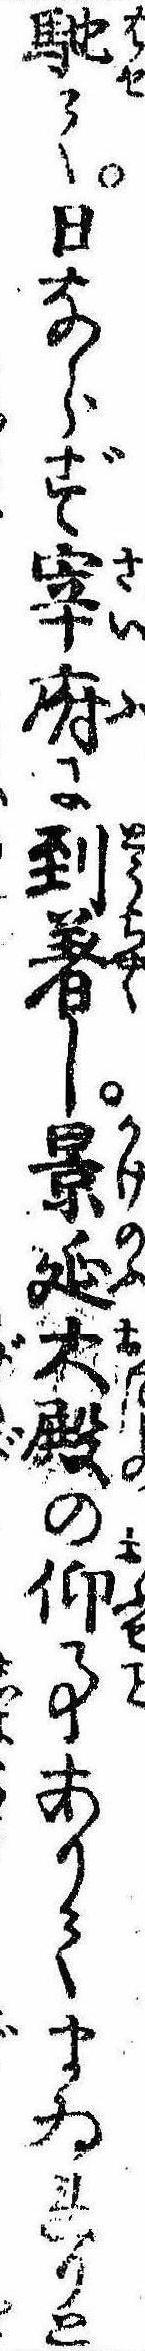
馳て日ならず宰府に到着し景延大殿の仰事ありてまゐれりと